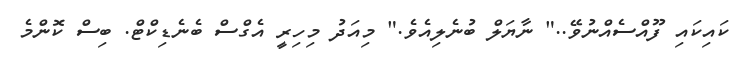
ކައިކައި ފޫއްސެއްނުވޭ.." ނާޔަލް ބުނެލިއެވެ." މިއަދު މިހިރީ އެގްސް ބެނެޑިކްޓް. ބިސް ކޮންމެ